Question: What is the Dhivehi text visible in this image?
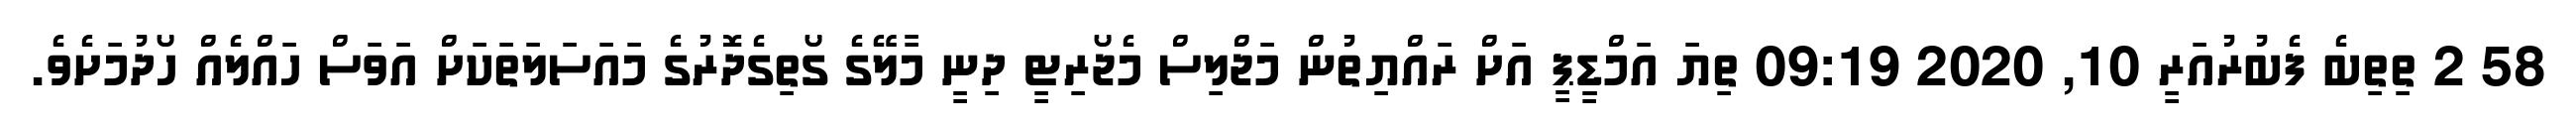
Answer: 58 2 ތިތިބެ ފެބުރުއަރީ 10, 2020 09:19 ތިޔަ އަމްޑިީޕީ އަށް ރައްޔިތުން މަޖްލިސް މެޖޯރިޓީ ދިނީ މާލޭގެ ގޯތިގެދޮރުގެ މައަސަލަތަކަށް އަވަސް ހައްލެއް ހޯދުމަށެވެ.